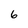
Character: 6